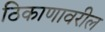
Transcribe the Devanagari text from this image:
ठिकाणावरील